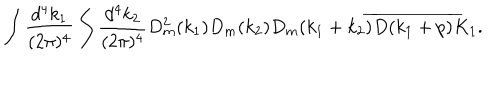
LaTeX: \begin{array} { c } { { \displaystyle \int \frac { d ^ { 4 } k _ { 1 } } { ( 2 \pi ) ^ { 4 } } \int \frac { d ^ { 4 } k _ { 2 } } { ( 2 \pi ) ^ { 4 } } D _ { m } ^ { 2 } ( k _ { 1 } ) D _ { m } ( k _ { 2 } ) D _ { m } ( k _ { 1 } + k _ { 2 } ) \overline { { { D ( k _ { 1 } + p ) } } } K _ { 1 } . } } \\ \end{array}